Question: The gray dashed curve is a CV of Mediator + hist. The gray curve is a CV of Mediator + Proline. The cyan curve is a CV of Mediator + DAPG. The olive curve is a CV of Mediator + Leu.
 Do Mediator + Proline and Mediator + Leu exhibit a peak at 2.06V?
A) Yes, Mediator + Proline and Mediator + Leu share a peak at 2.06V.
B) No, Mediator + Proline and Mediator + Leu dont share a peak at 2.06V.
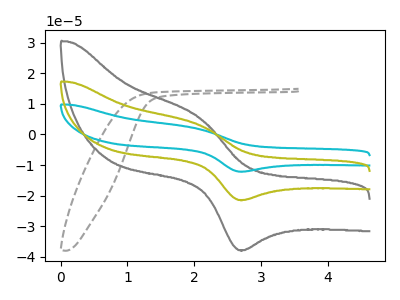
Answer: <think>The gray dashed curve "Mediator + hist" has no peaks. The gray curve "Mediator + Proline" has an anodic peak at (2.05V, 5.70uA) and a cathodic peak at (2.65V, -37.75uA). The cyan curve "Mediator + DAPG" has an anodic peak at (2.05V, 6.45uA) and a cathodic peak at (2.65V, -42.80uA). The olive curve "Mediator + Leu" has an anodic peak at (2.05V, 3.25uA) and a cathodic peak at (2.65V, -21.40uA).</think>
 <answer>A) Yes, "Mediator + Proline" and "Mediator + Leu" share a peak at 2.06V.</answer>
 <eval>A</eval>